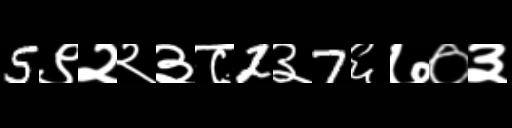
Text: 5९२२३८2३7६७०३